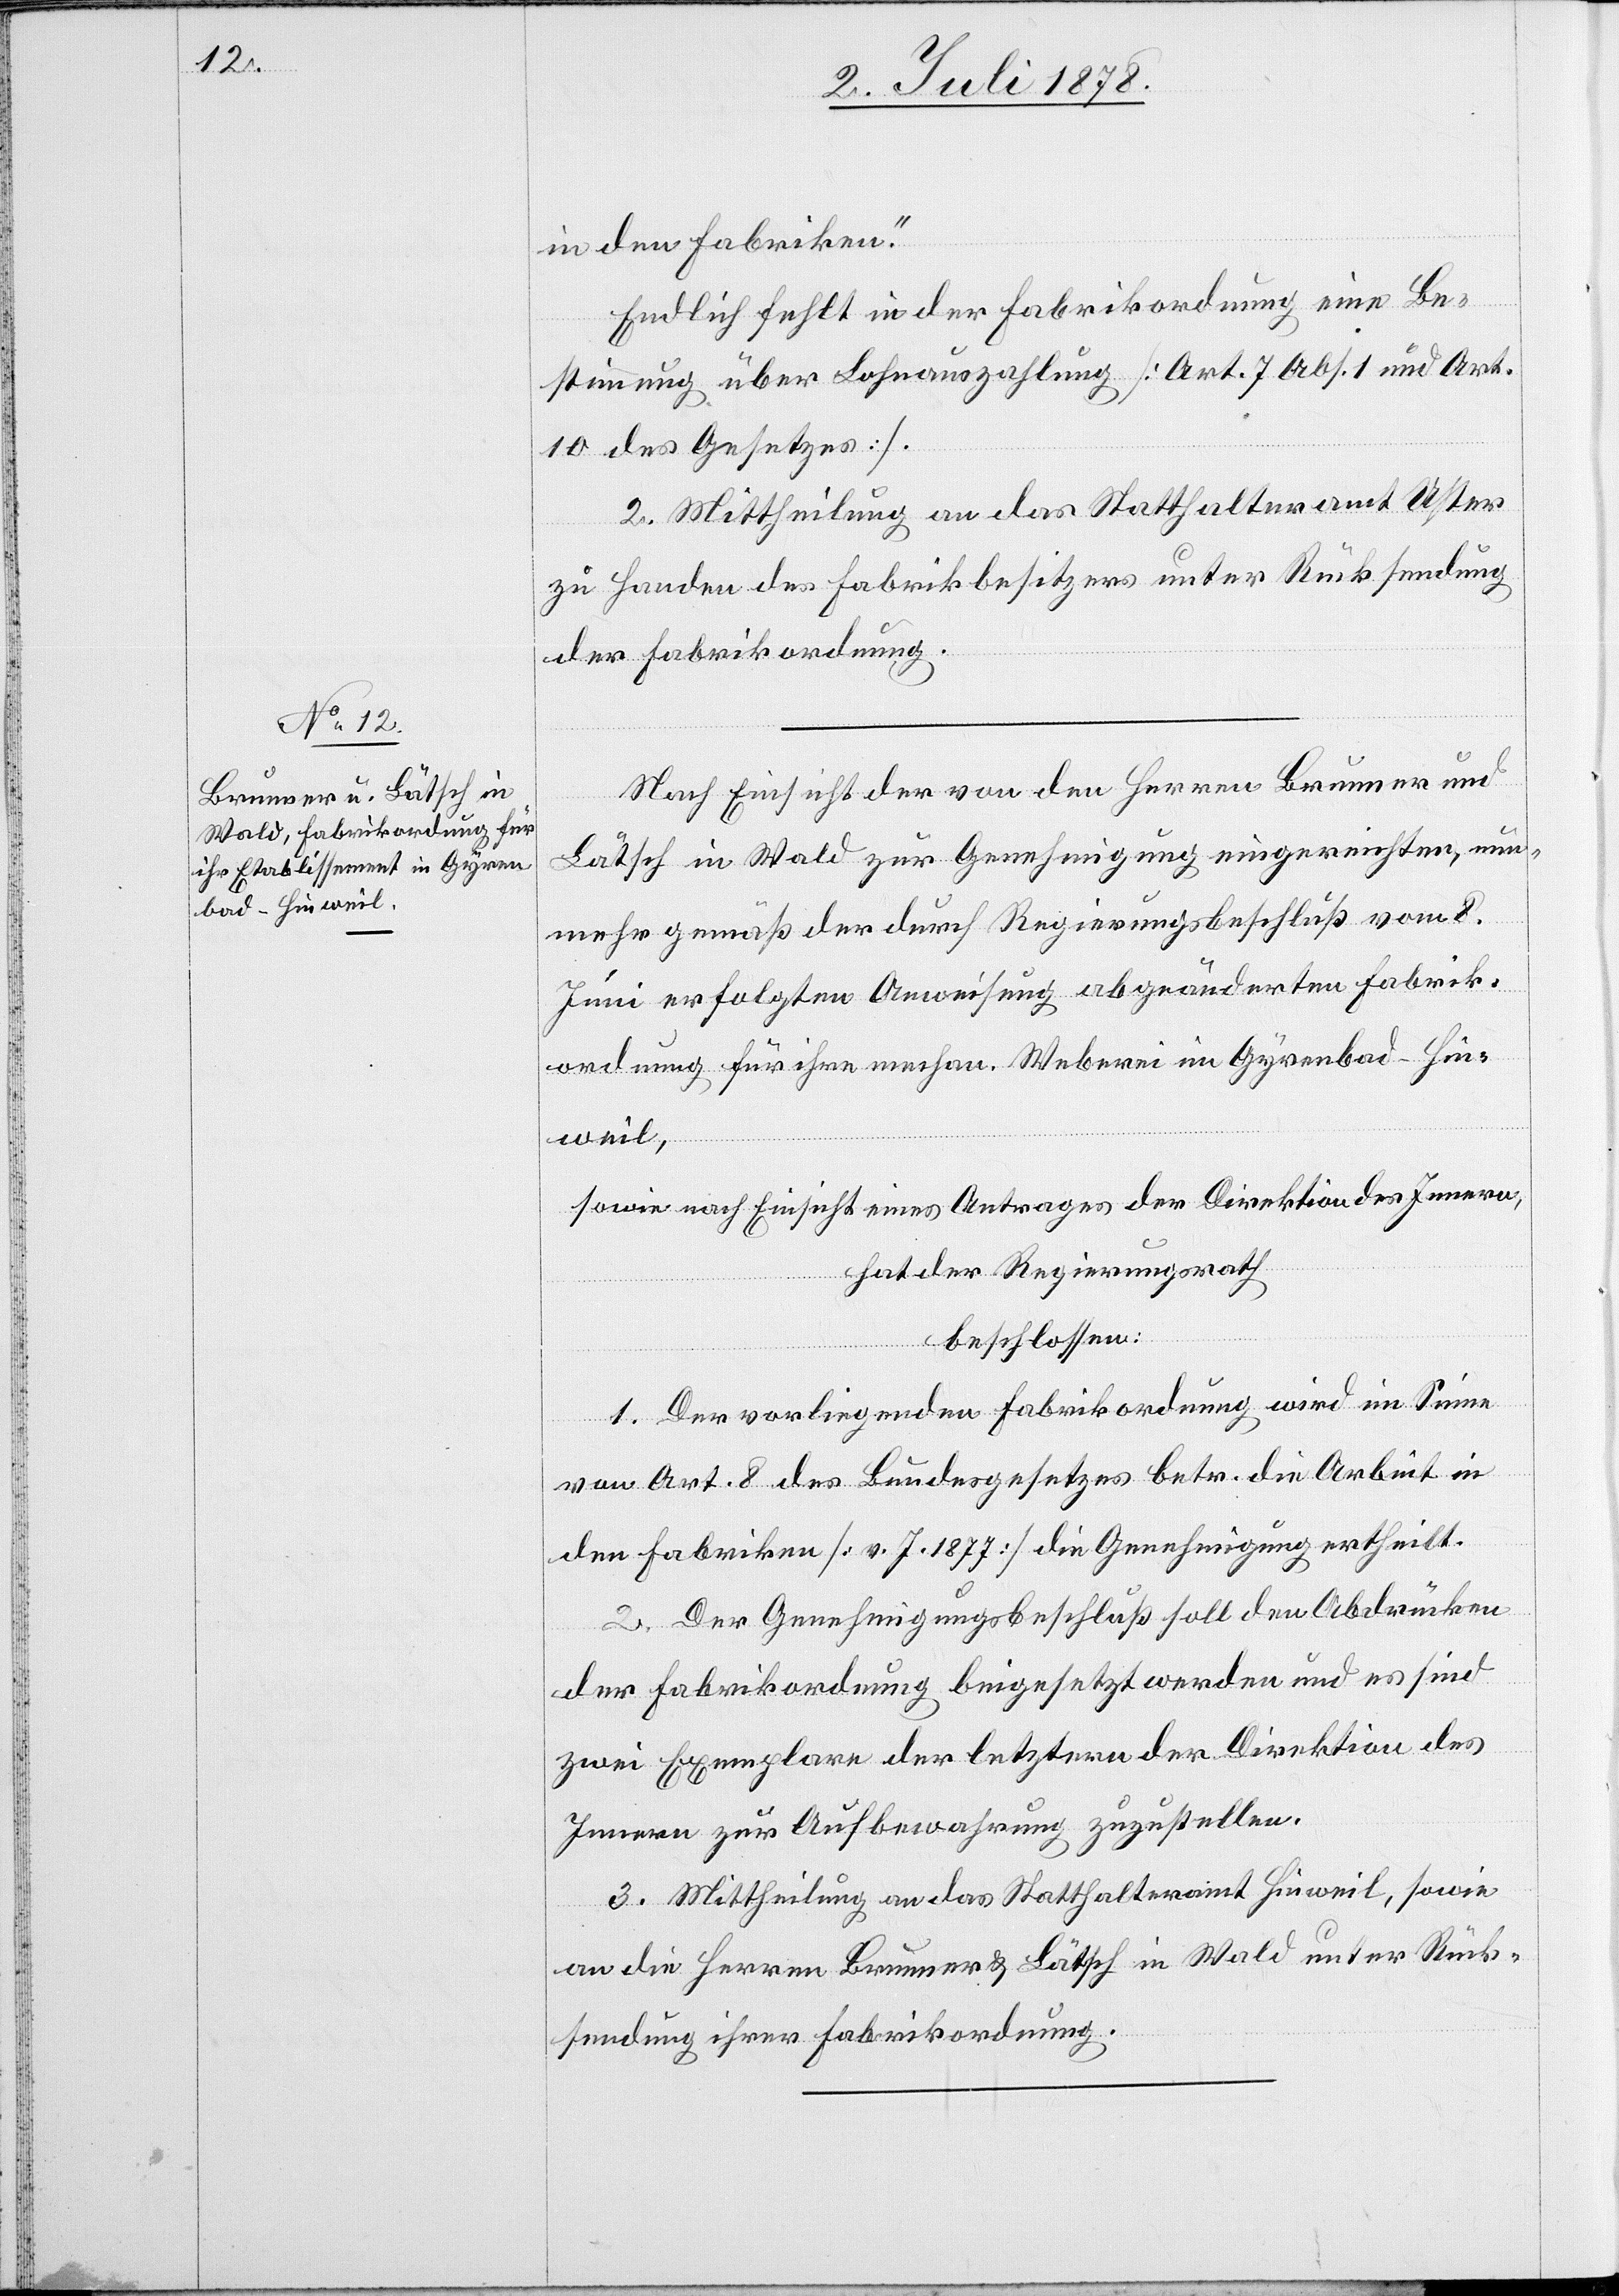
in den Fabriken.“
Endlich fehlt in der Fabrikordnung eine Be¬
stimmung über Lohnauszahlung [Art. 7 Abs. 1 und Art.
10 des Gesetzes].
2. Mittheilung an das Statthalteramt Uster
zu Handen des Fabrikbesitzers unter Rücksendung
der Fabrikordnung.
Nach Einsicht der von den Herren Brunner und
Lätsch in Wald zur Genehmigung eingereichten, nun¬
mehr gemäß der durch Regierungsbeschluß vom 8.
Juni erfolgten Anweisung abgeänderten Fabrik¬
ordnung für ihre mechan. Weberei in Gyrenbad - Hin¬
weil,
sowie nach Einsicht eines Antrages der Direktion des Innern,
hat der Regierungsrath
beschlossen:
1. Der vorliegenden Fabrikordnung wird im Sinne
von Art. 8 des Bundesgesetzes betr. die Arbeit in
den Fabriken [v. J. 1877] die Genehmigung ertheilt.
2. Der Genehmigungsbeschluß soll den Abdrücken
der Fabrikordnung beigesetzt werden und es sind
zwei Exemplare der letztern der Direktion des
Innern zur Aufbewahrung zuzustellen.
3. Mittheilung an das Statthalteramt Hinweil, sowie
an die Herren Brunner & Lätsch in Wald unter Rück¬
sendung ihrer Fabrikordnung.